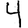
Digit: 4